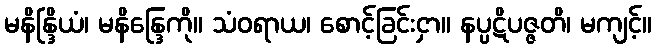
မနိန္ဒြိယံ၊ မနိန္ဒြေကို။ သံဝရာယ၊ စောင့်ခြင်းငှာ။ နပ္ပဋိပဇ္ဇတိ၊ မကျင့်။